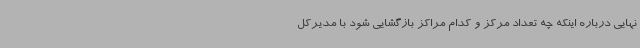
نهایی درباره اینکه چه تعداد مرکز و کدام مراکز بازگشایی شود با مدیرکل